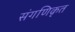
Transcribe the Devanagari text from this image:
संगणिकृत